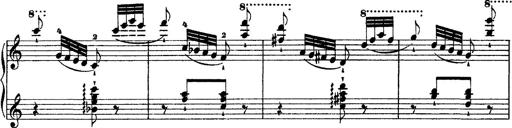
Title: Grandes Ã©tudes de Paganini
Composer: Franz Liszt